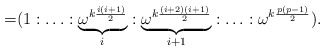
\begin{align*}=&(1:\ldots:\underbrace{\omega^{k\frac{i(i+1)}{2}}}_{i}:\underbrace{\omega^{k\frac{(i+2)(i+1)}{2}}}_{i+1}:\ldots: \omega^{k\frac{p(p-1)}{2}}).\end{align*}